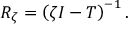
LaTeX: R _ { \zeta } = \left( \zeta I - T \right) ^ { - 1 } .